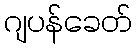
ဂျပန်ခေတ်